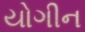
યોગીન